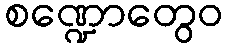
စဏ္ဍောတွေဝ